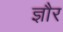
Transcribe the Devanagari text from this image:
ज्ञौर